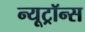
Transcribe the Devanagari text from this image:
न्यूट्रॉन्स